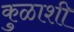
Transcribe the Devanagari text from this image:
कुळाशी